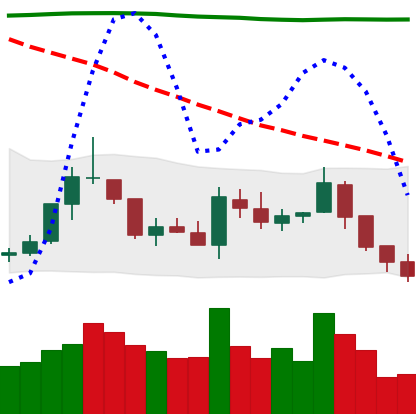
Ticker: TRX-USD
Chart end date: 2018-08-02
Forward return: -11.646%
Label: down_7plus